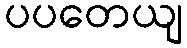
ပပတေယျ